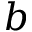
b